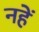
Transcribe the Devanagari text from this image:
नहें